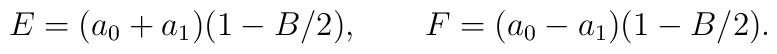
E=(a_0+a_1)(1-B/2), \qquad F=(a_0-a_1)(1-B/2).